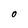
Character: 0